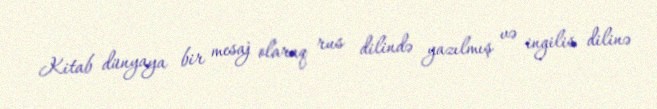
Kitab dünyaya bir mesaj olaraq rus dilində yazılmış və ingilis dilinə